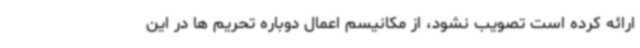
ارائه کرده است تصویب نشود، از مکانیسم اعمال دوباره تحریم ها در این